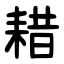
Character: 耤